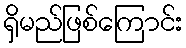
ရှိမည်ဖြစ်ကြောင်း